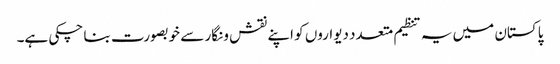
پاکستان میں یہ تنظیم متعدد دیواروں کو اپنے نقش و نگار سے خوبصورت بنا چکی ہے۔